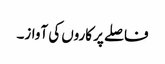
فاصلے پر کاروں کی آواز۔